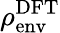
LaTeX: \rho_{\textrm{env}}^{\textrm{DFT}}